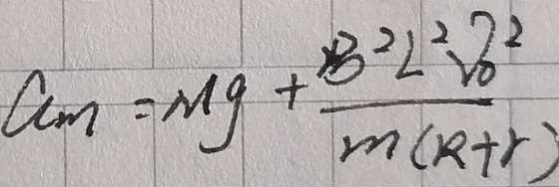
a _ { m } = M g + \frac { B ^ { 2 } L ^ { 2 } V _ { 0 } ^ { 2 } } { m ( R + r ) }